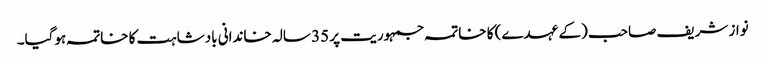
نواز شریف صاحب (کے عہدے) کا خاتمہ جمہوریت پر 35 سالہ خاندانی بادشاہت کا خاتمہ ہوگیا۔